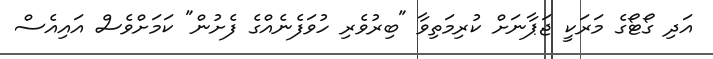
އަދި ގޯޓޯގެ މަރަކީ ޖަޕާނަށް ކުރިމަތިވާ "ބިރުވެރި ހުވަފެނެއްގެ ފެށުން" ކަމަށްވެސް އައިއެސް